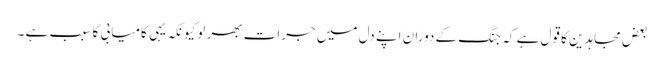
بعض مجاہدین کا قول ہے کہ جنگ کے دوران اپنے دل میں جرات بھر لو کیونکہ یہی کامیابی کا سبب ہے ۔